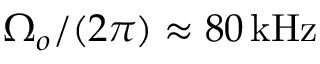
\Omega _ { o } / ( 2 \pi ) \approx 8 0 \ensuremath { \, \mathrm { k H z } }